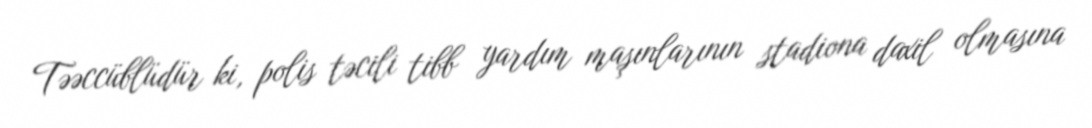
Təəccüblüdür ki, polis təcili tibb yardım maşınlarının stadiona daxil olmasına